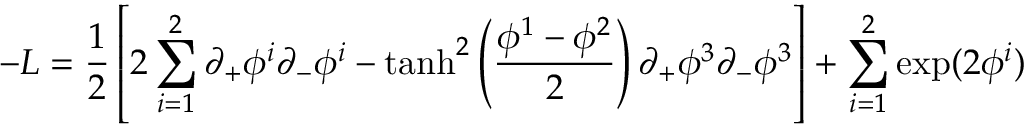
- { \cal L } = \frac { 1 } { 2 } \left[ 2 \sum _ { i = 1 } ^ { 2 } \partial _ { + } \phi ^ { i } \partial _ { - } \phi ^ { i } - \operatorname { t a n h } ^ { 2 } \left( { \frac { \phi ^ { 1 } - \phi ^ { 2 } } { 2 } } \right) \partial _ { + } \phi ^ { 3 } \partial _ { - } \phi ^ { 3 } \right] + \sum _ { i = 1 } ^ { 2 } \exp ( 2 \phi ^ { i } )